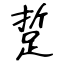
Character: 踅